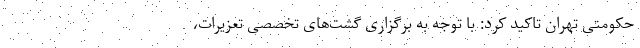
حکومتی تهران تاکید کرد: با توجه به برگزاری گشت‌های تخصصی تعزیرات،